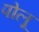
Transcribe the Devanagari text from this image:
पोलू